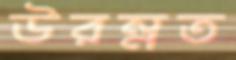
উরম্নত